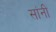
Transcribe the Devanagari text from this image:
सांनी